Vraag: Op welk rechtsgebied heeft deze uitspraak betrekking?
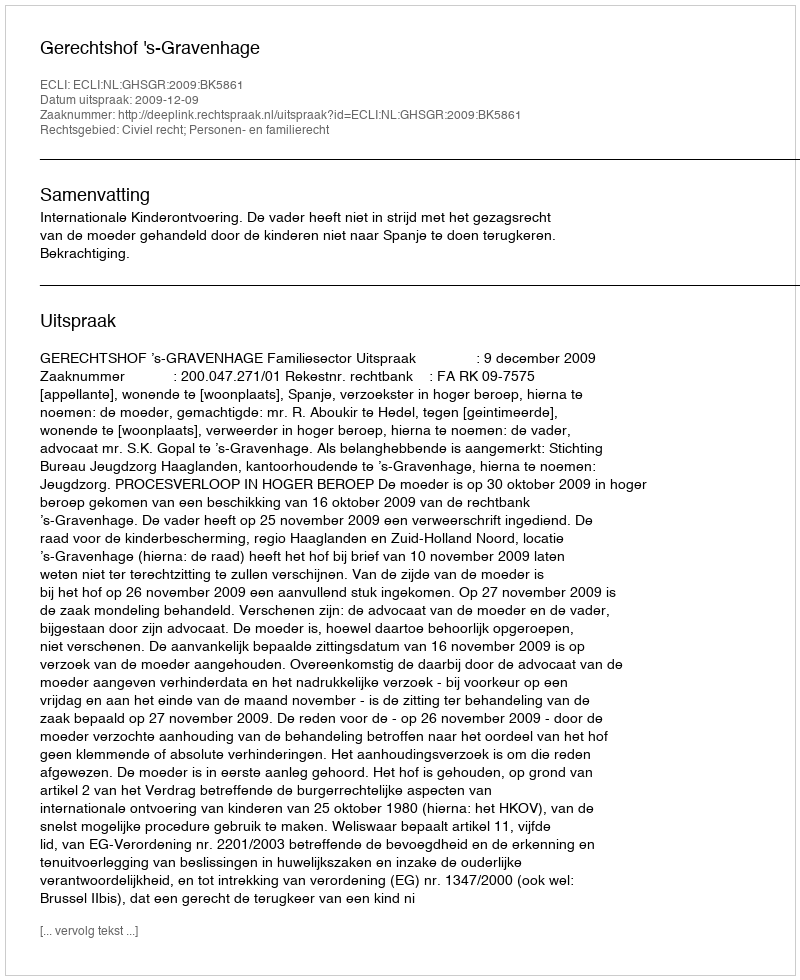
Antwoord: Civiel recht; Personen- en familierecht